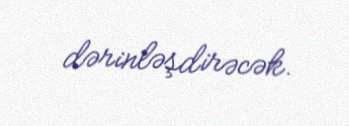
dərinləşdirəcək.